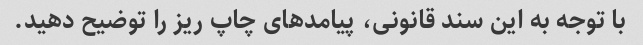
با توجه به این سند قانونی، پیامدهای چاپ ریز را توضیح دهید.